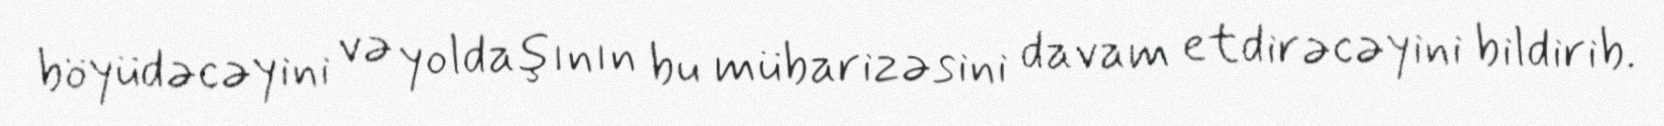
böyüdəcəyini və yoldaşının bu mübarizəsini davam etdirəcəyini bildirib.